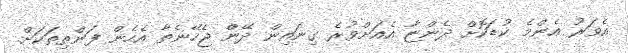
އެވަރު އެންމެ ކުޑަކޮށް ދެންޏާ އެއަށްވުރެ ގިނައިން ދޭންް ޖެހޭނެތާ އެހެން ފަންތިތަކަށް.